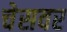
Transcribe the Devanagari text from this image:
चेसवर